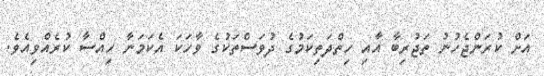
އަށް ކުރަންޖެހުނު ތަޖުރިބާ އާއި ހިތްދަތިކަމުގެ ދުވަސްތަކުގެ ވާހަކަ އެކަމަނާ ހިއްސާ ކުރެއްވިއެވެ.